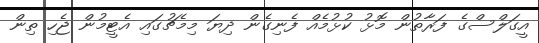
އީގަލްސްގެ ފަރާތުން މޮޅު ކުޅުމެއް ފެނިގެން ދިޔަ މިމެޗުގައި އެޓީމުން ޖެހި ތިން